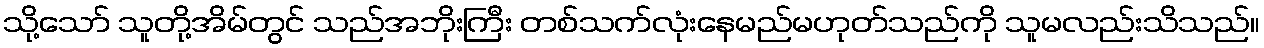
သို့သော် သူတို့အိမ်တွင် သည်အဘိုးကြီး တစ်သက်လုံးနေမည်မဟုတ်သည်ကို သူမလည်းသိသည်။